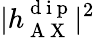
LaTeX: |h_{\mathrm{~A~X~}}^{\mathrm{~d~i~p~}}|^{2}